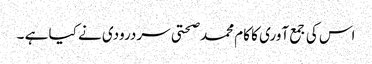
اس کی جمع آوری کا کام محمد صحتی سردرودی نے کیا ہے ۔